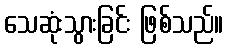
သေဆုံးသွားခြင်း ဖြစ်သည်။